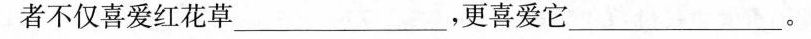
者不仅喜爱红花草___，更喜爱它。